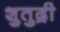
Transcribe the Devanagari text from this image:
शुतुद्री